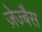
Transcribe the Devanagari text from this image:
ज़ेज्बैस